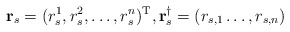
\begin{align*} \mathbf r_s=(r_s^1,r_s^2,\dots,r_s^n)^{\mathrm{T}}, \mathbf r^\dag_s=(r_{s,1}\dots,r_{s,n})\end{align*}